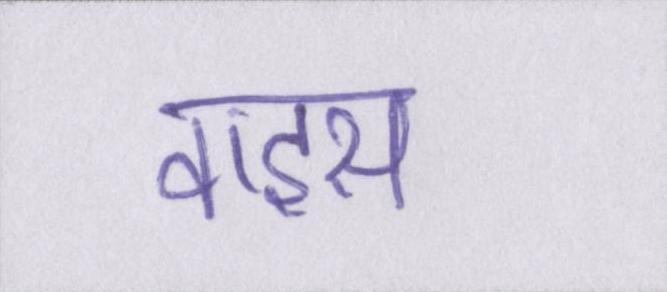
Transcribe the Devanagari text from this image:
वाइस